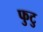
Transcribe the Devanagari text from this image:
फुटु